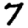
Digit: 7